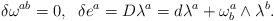
LaTeX: \begin{align*}\delta \omega ^{ab}=0,\;\;\delta e^{a}=D\lambda ^{a}=d\lambda ^{a}+\omega_{b}^{a}\wedge \lambda ^{b}. \end{align*}